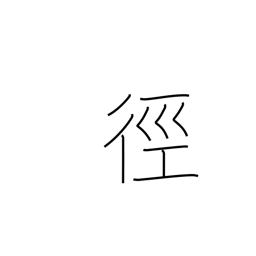
Meaning: method